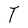
Character: T